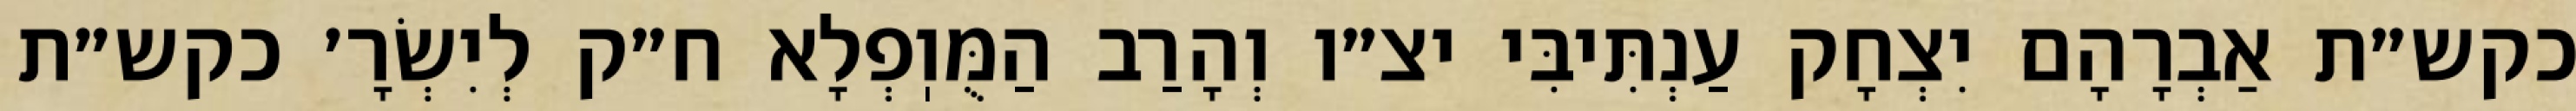
כקש״ת אַבְרָהָם יִצְחָק עַנְתִּיבִּי יצ״ו וְהָרַב הַמֻּוֽפְלָא ח״ק לְיִשְׂרָ׳ כקש״ת